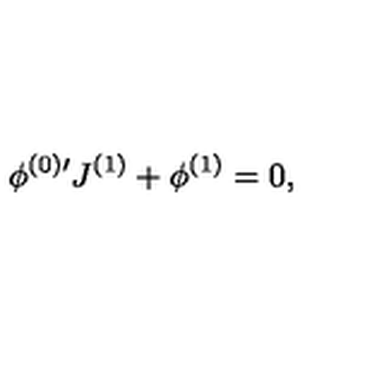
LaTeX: \phi ^ { ( 0 ) \prime } J ^ { ( 1 ) } + \phi ^ { ( 1 ) } = 0 , \,